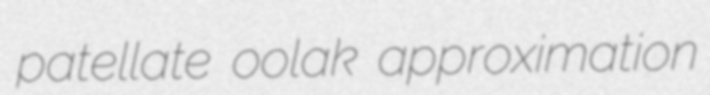
patellate oolak approximation